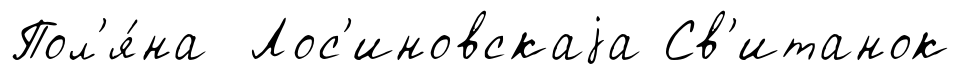
Пол'я́на Лос'иновскаjа Св'итанок